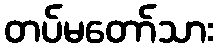
တပ်မတော်သား